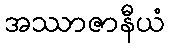
အဿာဇာနီယံ